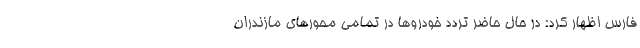
فارس اظهار کرد: در حال حاضر تردد خودروها در تمامی محورهای مازندران